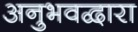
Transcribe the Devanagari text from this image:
अनुभवद्वारा